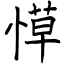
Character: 愺